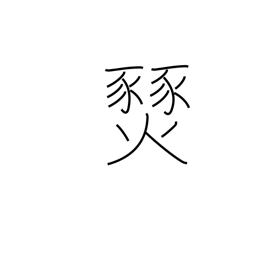
Meaning: prairie fire